Report of the Indian Hemp Drugs Commission, 1894-1895 - Volume II
Year: 1894
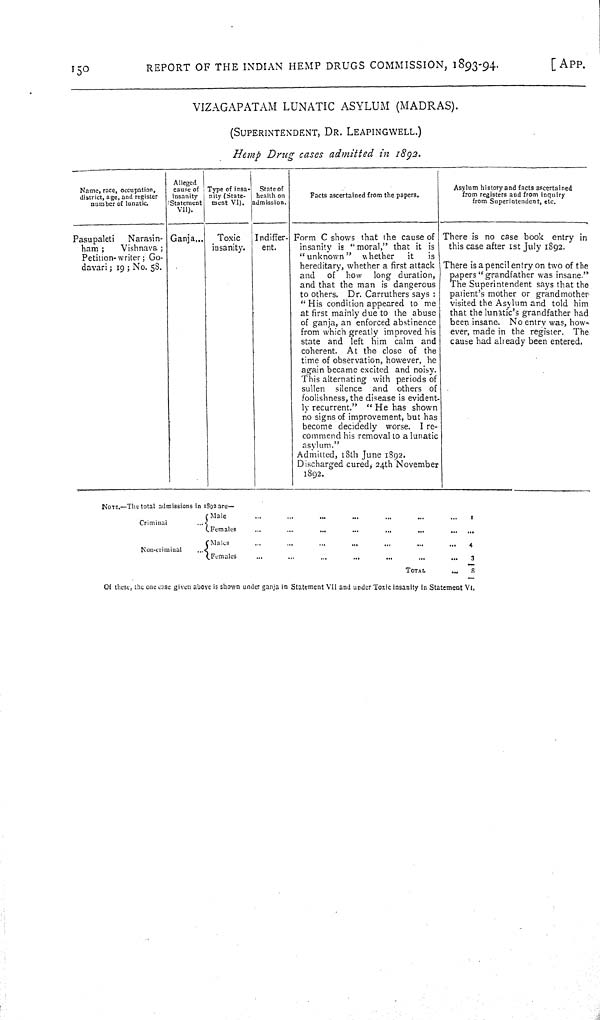
150
REPORT OF THE INDIAN HEMP DRUGS COMMISSION, 1893-94.
[APP.
VIZAGAPATAM LUNATIC
ASYLUM
(MADRAS).
(SUPERINTENDENT,
DR. LEAPINGWELL.)
Hemp
Drug
cases
admitted
in
1892.
Name, race, occupation,
district, age, and register
number of lunatic.
Alleged
cause of
insanity
(Statement
VII).
Type of insa-
nity (State-
ment VI).
State of
health on
admission.
Facts ascertained from the papers.
Asylum history and facts ascertained
from registers and from inquiry
from Superintendent, etc.
Pasupaleti
Narasin-
ham;
Vishnava;
Petition-writer; Go-
davari; 19; No. 58.
Ganja
Toxic
insanity.
Indiffer-
ent.
Form C shows that the cause of
insanity is "moral," that it is
"unknown"
whether
it
is
hereditary, whether a first attack
and
of
how
long duration,
and that the man is dangerous
to others.
Dr. Carruthers says:
"His condition appeared to me
at first mainly due to the abuse
of ganja, an enforced abstinence
from which greatly improved his
state and left him calm and
coherent.
At the close of the
time of observation, however, he
again became excited and noisy.
This alternating with periods of
sullen
silence
and
others of
foolishness, the disease is evident-
ly recurrent."
"He has shown
no signs of improvement, but has
become decidedly
worse. I re-
commend his removal to a lunatic
asylum."
Admitted, 18th June 1892.
Discharged cured, 24th November
1892.
There is no case book
entry in
this case after 1st July 1892.
There is a pencil entry on two of the
papers "grandfather was insane."
The Superintendent says that the
patient's mother or grandmother
visited the Asylum and told him
that the lunatic's grandfather had
been insane. No entry was, how-
ever, made in the register.
The
cause had already been entered.
NOTE.—The total admissions in 1892 are—
Criminal
Male
1
Criminal
Females
Non-criminal
Males
4
Non-criminal
Females
3
TOTAL
8
Of these, the one case given above is shown under ganja in Statement VII and under Toxic insanity in Statement VI.